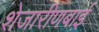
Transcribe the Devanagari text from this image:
शेजारीणबाई